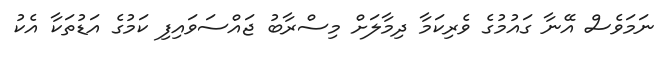
ނަމަވެސް އޭނާ ގައުމުގެ ވެރިކަމާ ދިމާލަށް މިސްރާބު ޖައްސަވައިފި ކަމުގެ އަޑުތަކާ އެކު